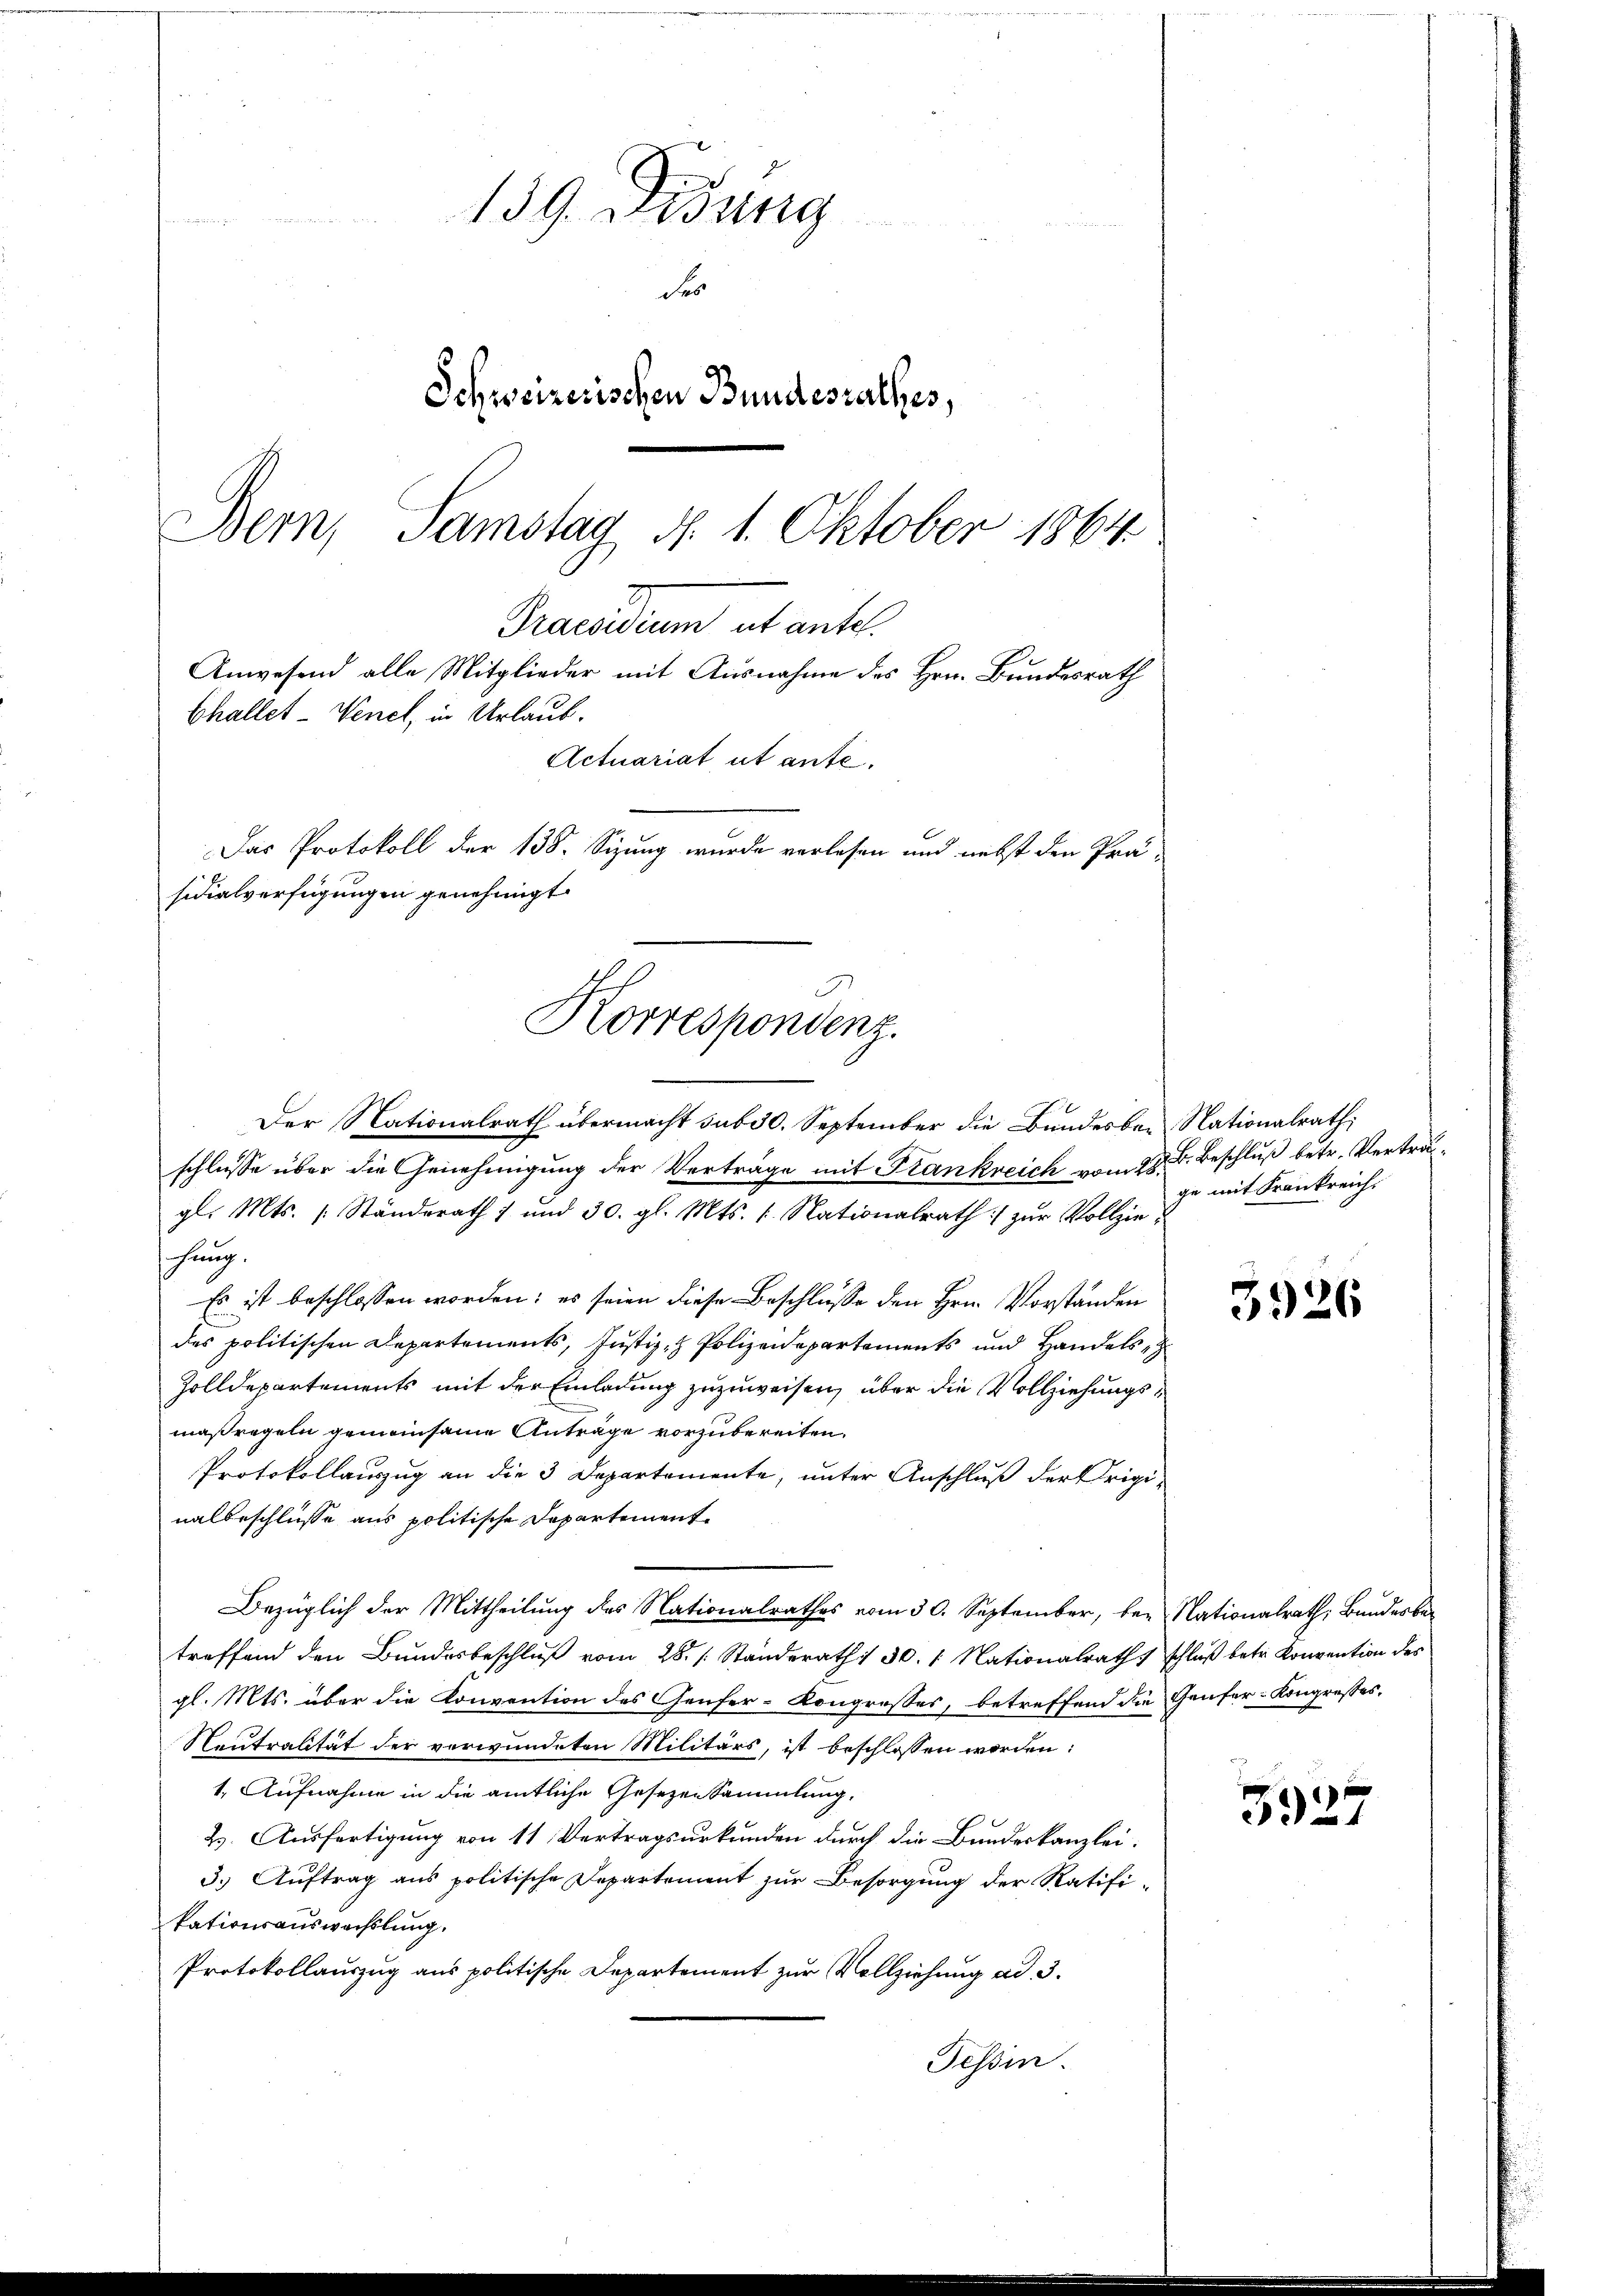
139. Didung
d
Schweizerischen Bundesrathes,
Bern, Samstag d. 1. Oktober 1864

Trasadium et ante.
Anwesend alle Mitglieder mit Ausnahme des Hrn. Bundesrath
Actuariat, ut aufe
Das Protokoll der 138. Sizung wurde verlesen und nebst den Prä-

Challet-Venet, in Urlaub.
sidialverfügungen genehmigt.
Korrespondenz.
Der Nationalrath übermacht sub 30. September die Bundesber Nationalrath,

schlusse über die Genehmigung der Verträge mit Frankreich vom 28. d. Beschluß betr. Vertragl. Mts. (: Standerath 1 und 30. gl. Mts. Nationalrath zur Vollzieschung.
Es ist beschlossen worden; es seien diese Beschlusse den Hrn. Vorständen
des politischen Departements, Justiz- & Polizeidepartements und Handels
Zolldepartements mit der Einladung zuzuweisen, über die Vollziehungsmaßregeln gemeinsame Anträge vorzubereiten.
Protokollauszug an die 3 Departemente, unter Anschluß der Originalbeschlüsse aus politische Departement
Bezüglich der Mittheilung des Nationalrathes vom 30. September, der Nationalrath, Bundesber
treffend den Bundesbeschluß vom 28. /: Standerath: 30. 1. Nationalrathsschluß betr. Konvention des
gl. Mts. über die Konvention des Genfer-Kongresses, betreffend die Genfer-Kongresses,
Neutralität der verwundeten Militärs, ist beschlossen worden:
1. Aufnahme in die amtliche Gesezensammlung,
H. Ausfertigung von 11 Vertragsurkunden durch die Bundeskanzlei-
3.) Auftrag aus politische Departement zur Besorgung der Ratifikationsauswachslung.
Protokollauszug aus politische Departement zur Vollziehung ad 3.
Tessin.

ge mit Frankreich.

3926

3327